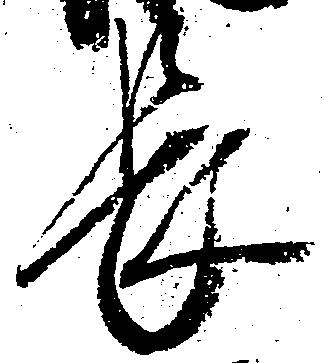
長